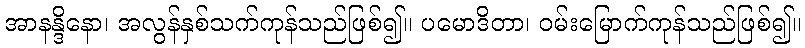
အာနန္ဒိနော၊ အလွန်နှစ်သက်ကုန်သည်ဖြစ်၍။ ပမောဒိတာ၊ ဝမ်းမြောက်ကုန်သည်ဖြစ်၍။